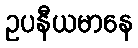
ဥပနီယမာနေ